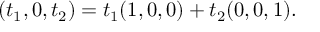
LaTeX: ( t _ { 1 } , 0 , t _ { 2 } ) = t _ { 1 } ( 1 , 0 , 0 ) + t _ { 2 } ( 0 , 0 , 1 ) { \mathrm { . } }